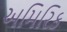
અમિરિક